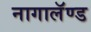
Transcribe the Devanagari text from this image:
नागालॅण्ड